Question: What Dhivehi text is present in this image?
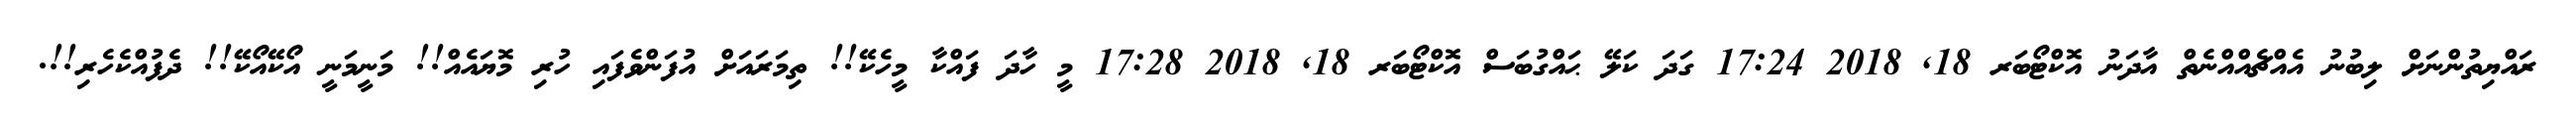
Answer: ރައްޔިތުންނަށް ލިބުނު އެއްޗެއްއްނެތް އާދަނު އޮކްޓޯބަރ 18, 2018 17:24 ގަދަ ކަލޭ ޙައްގުބަސް އޮކްޓޯބަރ 18, 2018 17:28 މީ ހާދަ ފައްކާ މީހެކޭ!! ތިމަރައަށް އުފަންވެފައި ހުރި މޮޔައެއް!! މަނީމަނީ އޯކޭއޯކޭ!! ދެފުއްކެހެރި!!.